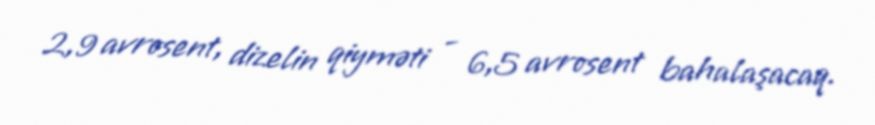
2,9 avrosent, dizelin qiyməti - 6,5 avrosent bahalaşacaq.